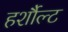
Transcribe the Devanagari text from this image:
हर्शौल्ट